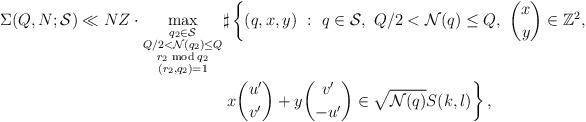
LaTeX: \begin{align*} \Sigma(Q,N;\mathcal{S}) \ll NZ\cdot \max\limits_{\substack{q_2\in \mathcal{S}\\ Q/2<\mathcal{N}(q_2)\le Q\\ r_2 \bmod q_2\\ (r_2,q_2)=1}} & \sharp\left\{(q,x,y)\ :\ q\in \mathcal{S}, \ Q/2<\mathcal{N}(q)\le Q, \ \binom{x}{y}\in \mathbb{Z}^2, \right.\\& \left.x\binom{u'}{v'}+y\binom{v'}{-u'}\in \sqrt{\mathcal{N}(q)}S(k,l)\right\},\end{align*}